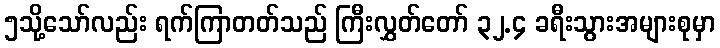
၅သို့သော်လည်း ရက်ကြာတတ်သည် ကြီးလွှတ်တော် ၃၂.၄ ခရီးသွားအများစုမှာ